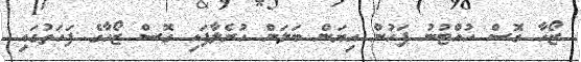
ޒޯހާ ގޮސް ހުއްޓުނު ފަހުން އިޔަން ބަލަން ހުރެލާފައި ގޮސް ޒޯހާގެ ފަހަތުގައި